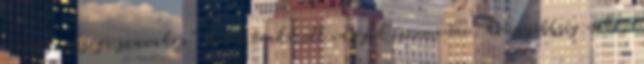
nincs szüksége szavakra" Túl szórakozott vagyok észrevenni, könnyebbség neki,